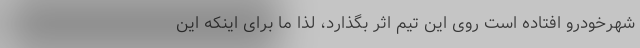
شهرخودرو افتاده است روی این تیم اثر بگذارد، لذا ما برای اینکه این